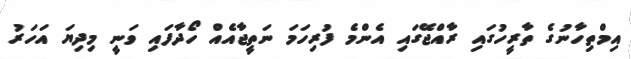
އިމްތިހާނުގެ ތާރީހުގައި ރާއްޖޭގައި އެންމެ ފުރިހަމަ ނަތީޖާއެއް ހޯދާފައި ވަނީ މިދިޔަ އަހަރު